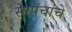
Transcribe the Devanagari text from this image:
सरपंचांचे